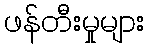
ဖန်တီးမှုများ